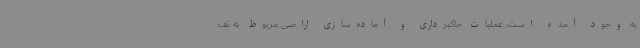
به وجود آمده است، عملیات خاکبرداری و آماده‌سازی اراضی مربوط به تف